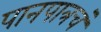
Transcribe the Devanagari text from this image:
पानपात्रचं